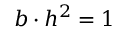
b \cdot h ^ { 2 } = 1